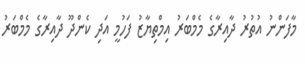
މާފަންނު އުތުރު ދާއިރާގެ މެމްބަރު އިމްތިޔާޒު ފަހުމީ އަދި ކެންދޫ ދާއިރާގެ މެމްބަރު